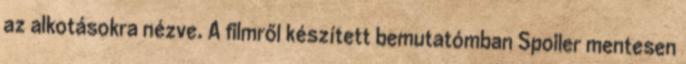
az alkotásokra nézve. A filmről készített bemutatómban Spoiler mentesen